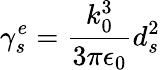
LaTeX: \gamma_{s}^{e}=\frac{k_{0}^{3}}{3\pi\epsilon_{0}}d_{s}^{2}